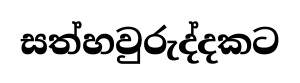
සත්හවුරුද්දකට